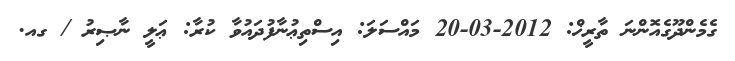
ގެމެންދޫގެއޮންނަ ތާރީޚް: 2012-03-20 މައްސަލަ: އިސްތިޢުނާފުދައުވާ ކުރާ: ޢަލީ ނާޞިރު / ގއ.